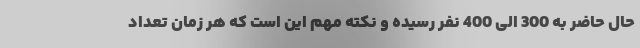
حال حاضر به 300 الی 400 نفر رسیده و نکته مهم این است که هر زمان تعداد